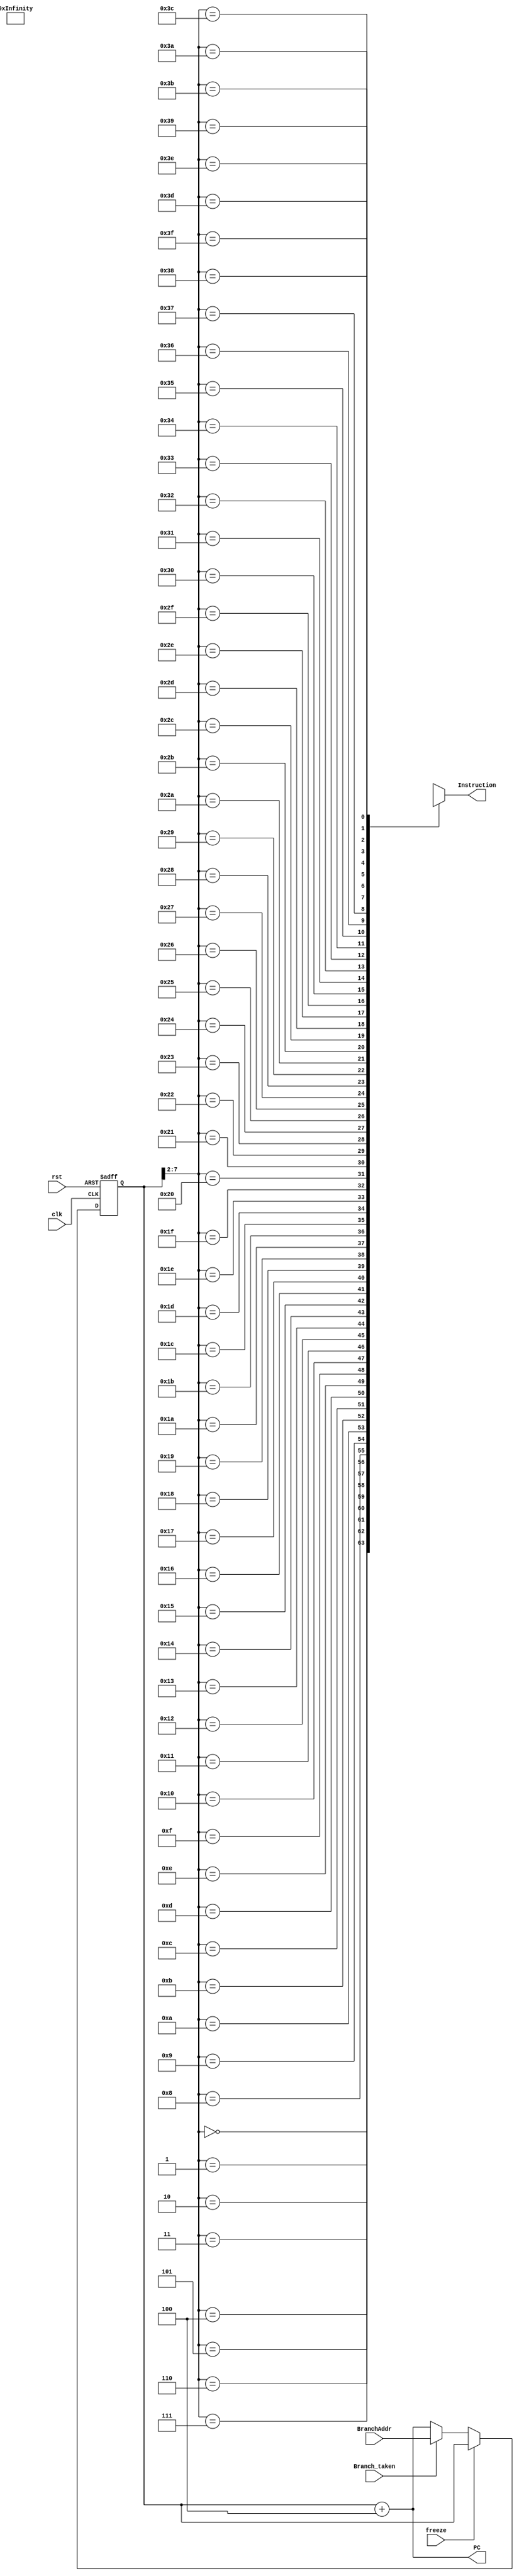
module IF_Stage(clk, rst, freeze, Branch_taken, BranchAddr, PC, Instruction);
  input clk, rst, freeze, Branch_taken;
  input[31:0] BranchAddr;
  output[31:0] PC,Instruction;
  
  wire[31:0] InstMemory[63:0];
  wire[31:0] PC_in;
  reg[31:0] PC_out;
  
  always@(posedge clk, posedge rst)
  begin
    if(rst)
      PC_out <= 32'b0;
    else if(freeze) 
      PC_out <= PC_out;
    else
      PC_out <= PC_in;
  end

  assign Instruction = InstMemory[PC_out >>2];
  assign PC = PC_out + 32'd4;
  assign PC_in = (Branch_taken)? BranchAddr: PC;
  
 	assign InstMemory[0] = 32'b11100011101000000000000000010100;
 	assign InstMemory[1] = 32'b11100011101000000001101000000001;
 	assign InstMemory[2] = 32'b11100011101000000010000100000011;
 	assign InstMemory[3] = 32'b11100000100100100011000000000010;
 	assign InstMemory[4] = 32'b11100000101000000100000000000000;
 	assign InstMemory[5] = 32'b11100000010001000101000100000100;
 	assign InstMemory[6] = 32'b11100000110000000110000010100000;
 	assign InstMemory[7] = 32'b11100001100001010111000101000010;
 	assign InstMemory[8] = 32'b11100000000001111000000000000011; 
 	assign InstMemory[9] = 32'b11100001111000001001000000000110;
 	assign InstMemory[10]= 32'b11100000001001001010000000000101;
 	assign InstMemory[11]= 32'b11100001010110000000000000000110; 
 	assign InstMemory[12]= 32'b00010000100000010001000000000001;
 	assign InstMemory[13]= 32'b11100001000110010000000000001000;
 	assign InstMemory[14]= 32'b00000000100000100010000000000010;
 	assign InstMemory[15]= 32'b11100011101000000000101100000001; 
 	assign InstMemory[16]= 32'b11100100100000000001000000000000; 
 	assign InstMemory[17]= 32'b11100100100100001011000000000000;
 	assign InstMemory[18]= 32'b11100100100000000010000000000100; //STR R2 ,[R0],#4 //MEM[1028] = -1073741824
  assign InstMemory[19]= 32'b11100100100000000011000000001000; //STR R3 ,[R0],#8 //MEM[1032] = -2147483648
  assign InstMemory[20]= 32'b11100100100000000100000000001100; //STR R4 ,[R0],#13 //MEM[1036] = 41
  assign InstMemory[21]= 32'b11100100100000000101000000010000; //STR R5 ,[R0],#16 //MEM[1040] = -123
  assign InstMemory[22]= 32'b11100100100000000110000000010100; //STR R6 ,[R0],#20 //MEM[1044] = 10
  assign InstMemory[23]= 32'b11100100100100001010000000000100; //LDR R10,[R0],#4 //R10 = -1073741824
  assign InstMemory[24]= 32'b11100100100000000111000000011000; //STR R7 ,[R0],#24 //MEM[1048] = -123
  assign InstMemory[25]= 32'b11100011101000000001000000000100; //MOV R1 ,#4 //R1 = 4
  assign InstMemory[26]= 32'b11100011101000000010000000000000; //MOV R2 ,#0 //R2 = 0
  assign InstMemory[27]= 32'b11100011101000000011000000000000; //MOV R3 ,#0 //R3 = 0
  assign InstMemory[28]= 32'b11100000100000000100000100000011; //ADD R4 ,R0,R3,LSL #2
  assign InstMemory[29]= 32'b11100100100101000101000000000000; //LDR R5 ,[R4],#0
  assign InstMemory[30]= 32'b11100100100101000110000000000100; //LDR R6 ,[R4],#4
  assign InstMemory[31]= 32'b11100001010101010000000000000110; //CMP R5 ,R6
  assign InstMemory[32]= 32'b11000100100001000110000000000000; //STRGT R6 ,[R4],#0
  assign InstMemory[33]= 32'b11000100100001000101000000000100; //STRGT R5 ,[R4],#4
  assign InstMemory[34]= 32'b11100010100000110011000000000001; //ADD R3 ,R3,#1
  assign InstMemory[35]= 32'b11100011010100110000000000000011; //CMP R3 ,#3
  assign InstMemory[36]= 32'b10111010111111111111111111110111; //BLT #-9
  assign InstMemory[37]= 32'b11100010100000100010000000000001; 
  assign InstMemory[38]= 32'b11100001010100100000000000000001; //CMP R2 ,R1
  assign InstMemory[39]= 32'b10111010111111111111111111110011 ; //BLT #-13
  assign InstMemory[40]= 32'b11100100100100000001000000000000; //LDR R1 ,[R0],#0 //R1 = -2147483648
  assign InstMemory[41]= 32'b11100100100100000010000000000100; //LDR R2 ,[R0],#4 //R2 = -1073741824
  assign InstMemory[42]= 32'b11100100100100000011000000001000; //STR R3 ,[R0],#8 //R3 = 41
  assign InstMemory[43]= 32'b11100100100100000100000000001100; //STR R4 ,[R0],#12 //R4 = 8192
  assign InstMemory[44]= 32'b11100100100100000101000000010000; //STR R5 ,[R0],#16 //R5 = -123
  assign InstMemory[45]= 32'b11100100100100000110000000010100; //STR R6 ,[R0],#20 //R4 = 10
  assign InstMemory[46]= 32'b11101010111111111111111111111111 ; //B #-1 
 	
endmodule